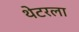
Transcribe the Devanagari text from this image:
थेटरला